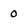
Character: 0